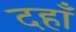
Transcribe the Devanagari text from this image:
दहाँ